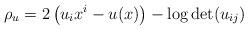
LaTeX: \begin{align*} \rho_u = 2\left( u_i x^i - u(x) \right) - \log\det(u_{ij}) \end{align*}